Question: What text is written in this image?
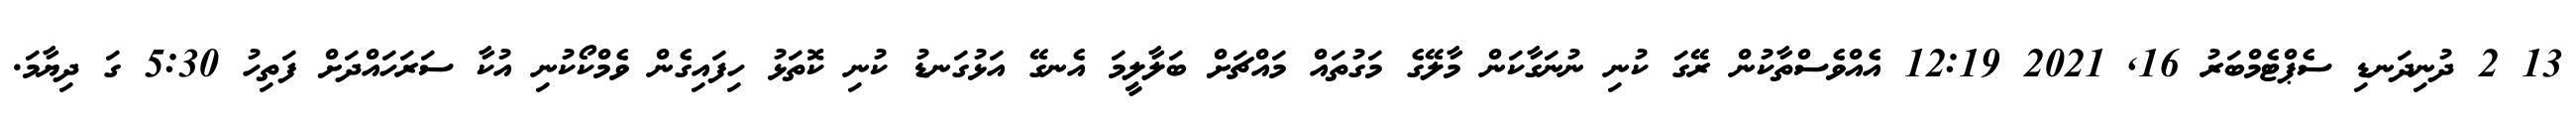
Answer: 13 2 ދުނިދަނޑި ސެޕްޓެމްބަރު 16, 2021 12:19 އެއްވެސްތާކުން ރޭގަ ކުނި ނުނަގާކަން މާލޭގެ މަގުތައް މައްޗަށް ބަލާލީމަ އެނގޭ އަޅުގަނޑު ކުނި ކޮތަޅު ހިފައިގެން ވެމްކޯކުނި އުކާ ސަރަހައްދަށް ފަތިހު 5:30 ގަ ދިޔާމަ.